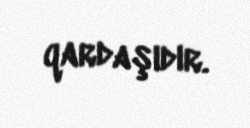
qardaşıdır.